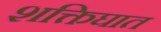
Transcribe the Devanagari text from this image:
शक्तिघात